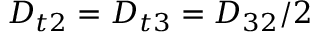
D _ { t 2 } = D _ { t 3 } = D _ { 3 2 } / 2